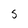
Character: 5